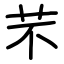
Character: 芣